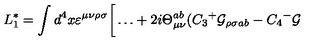
L _ { 1 } ^ { * } = \int d ^ { 4 } x \varepsilon ^ { \mu \nu \rho \sigma } \bigg [ \dots + 2 i \Theta _ { \mu \nu } ^ { a b } ( C _ { 3 } { ^ + } { \cal G } _ { \rho \sigma a b } - C _ { 4 } { ^ - } { \cal G }